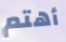
أهتم